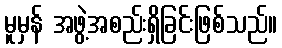
မူမှန် အဖွဲ့အစည်းရှိခြင်းဖြစ်သည်။